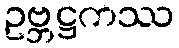
ဥဗ္ဘဋ္ဌကဿ